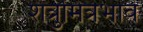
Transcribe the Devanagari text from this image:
शत्रुमित्रभाव